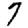
Digit: 7